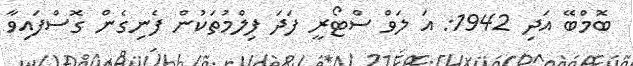
ބޮމްބޭ އަދި 1942: އަ ލަވް ސްޓޯރީ ފަދަ ފިލްމުތަކުން ފެނިގެން ގޮސްފައިވާ